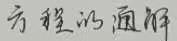
方程的通解